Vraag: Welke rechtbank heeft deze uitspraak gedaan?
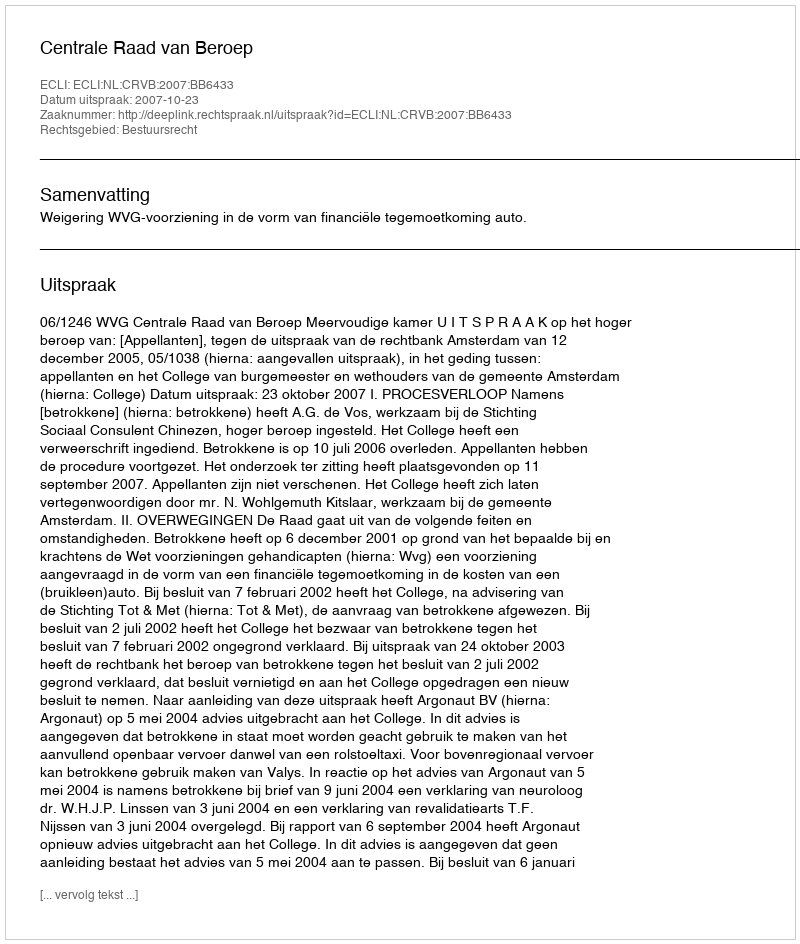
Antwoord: Centrale Raad van Beroep